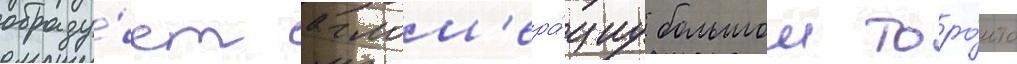
образу́ет аглом'ера́циу большои торо́нто